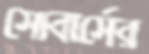
সোবার্সের